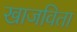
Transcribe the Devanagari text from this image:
खाजविता